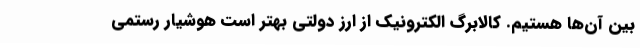
بین آن‌ها هستیم. کالابرگ الکترونیک از ارز دولتی بهتر است هوشیار رستمی